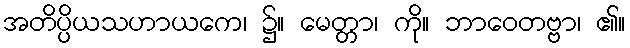
အတိပ္ပိယသဟာယကေ၊ ၌။ မေတ္တာ၊ ကို။ ဘာဝေတဗ္ဗာ၊ ၏။